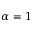
\alpha = 1